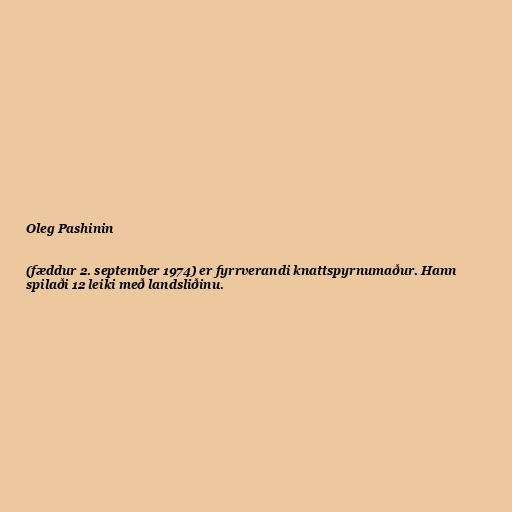
Oleg Pashinin

(fæddur 2. september 1974) er fyrrverandi knattspyrnumaður. Hann
spilaði 12 leiki með landsliðinu.